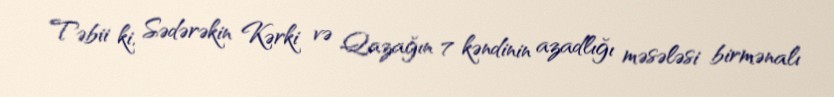
Təbii ki, Sədərəkin Kərki və Qazağın 7 kəndinin azadlığı məsələsi birmənalı